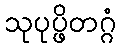
သုပုပ္ဖိတဂ္ဂံ